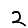
Digit: 2